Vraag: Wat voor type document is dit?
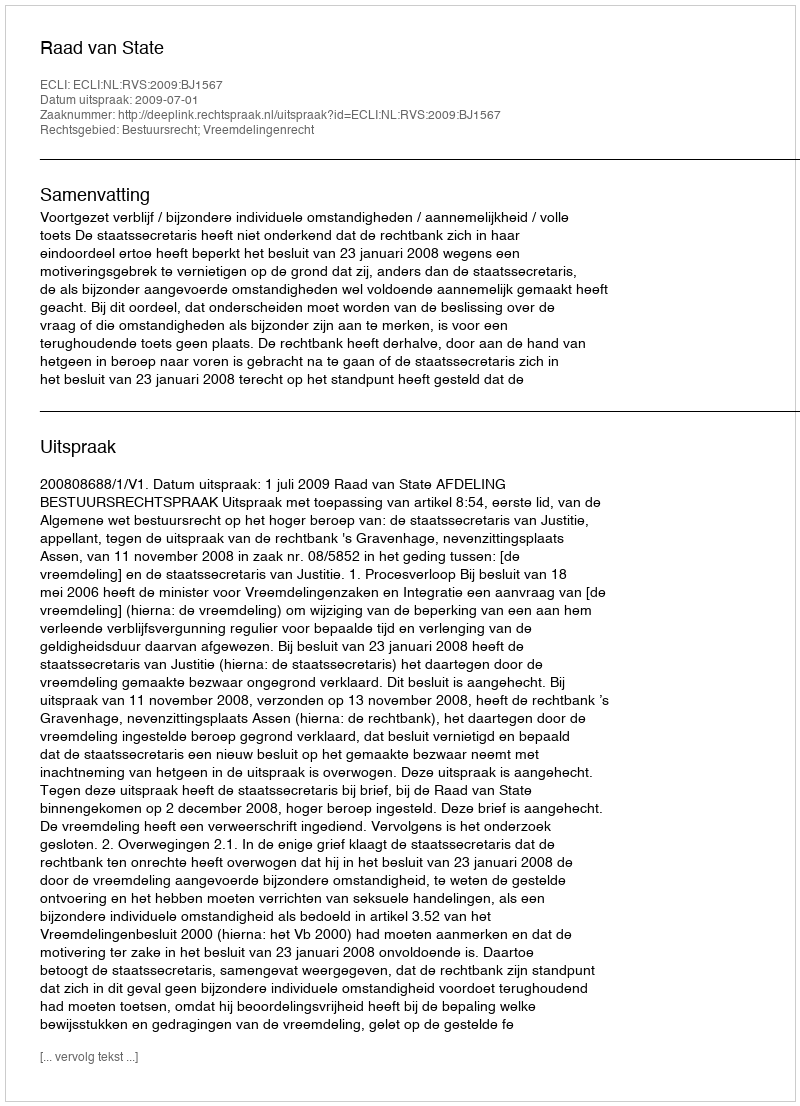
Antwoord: Uitspraak